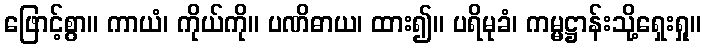
ဖြောင့်စွာ။ ကာယံ၊ ကိုယ်ကို။ ပဏိဓာယ၊ ထား၍။ ပရိမုခံ၊ ကမ္မဋ္ဌာန်းသို့ရှေးရှု။